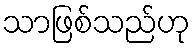
သာဖြစ်သည်ဟု